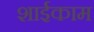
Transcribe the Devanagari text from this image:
शाईकाम